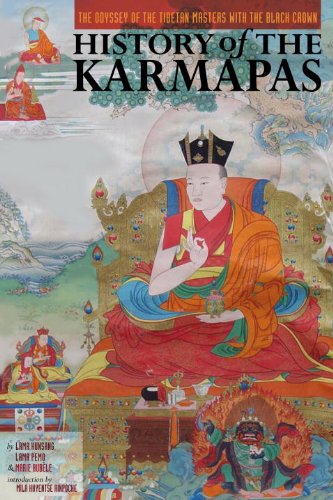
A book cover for History Of The Karmapas: The Odyssey Of The Tibetan Masters With The Black Crown; Lama Kunsang; Religion & Spirituality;